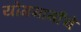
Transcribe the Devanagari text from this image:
योगमार्गाचे